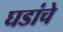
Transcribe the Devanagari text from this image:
घडांचे